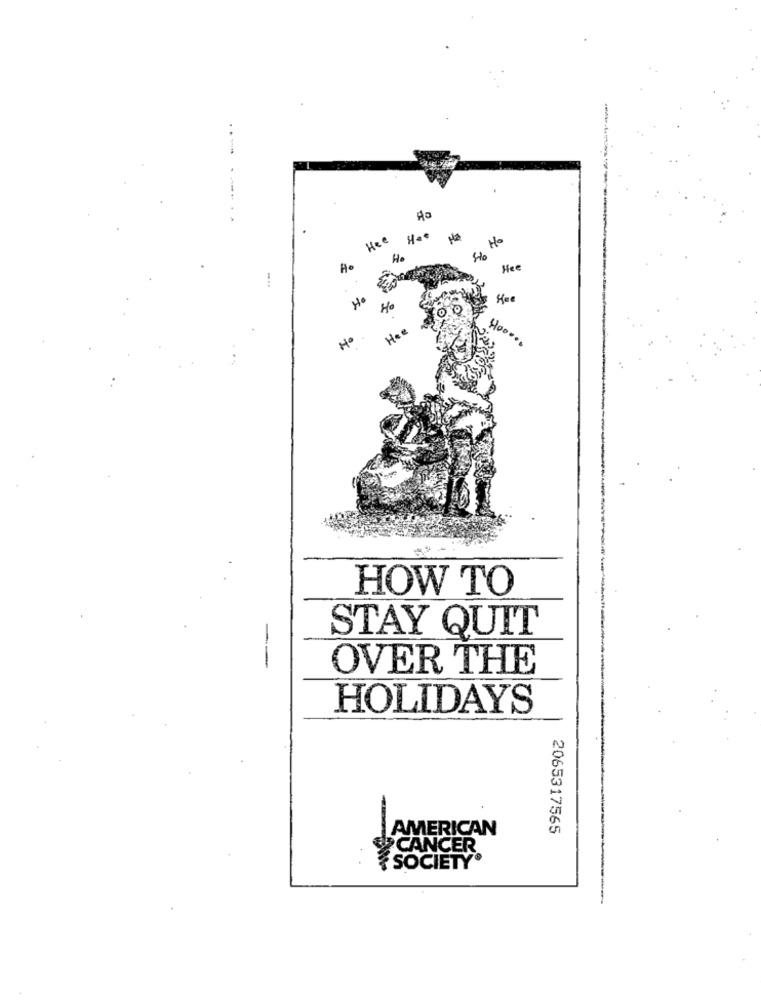
Hee
No
Hee
Hoe
400
Hee
Nº
HOW TO
STAY QUIT
--
OVER THE
HOLIDAYS
AMERICAN
2065317565
CANCER
SOCIETY